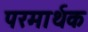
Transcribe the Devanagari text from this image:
परमार्थक